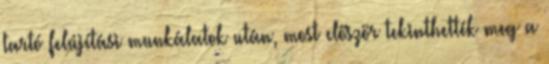
tartó felújítási munkálatok után, most először tekinthették meg a